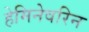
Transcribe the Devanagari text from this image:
हेमिनेवरिन